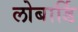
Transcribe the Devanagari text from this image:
लोबार्डि